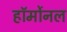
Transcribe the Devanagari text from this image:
हॉर्मोनल